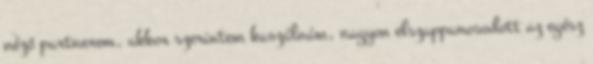
néző partnerem, akkor szerintem kaszálnám, nagyon elszappanosodott az egész